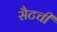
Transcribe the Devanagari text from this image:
सैटची